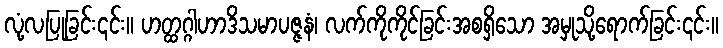
လုံ့လပြုခြင်း၎င်း။ ဟတ္ထဂ္ဂါဟာဒိသမာပဇ္ဇနံ၊ လက်ကိုကိုင်ခြင်းအစရှိသော အမှုသို့ရောက်ခြင်း၎င်း။